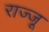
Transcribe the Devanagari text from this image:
राज्जू